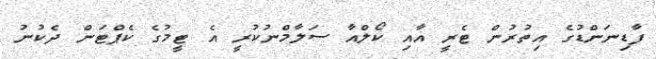
ފާޑިނަންޑުގެ އިތުރުން ޓެރީ އާއި ކޯލްއާ ސަލާމްނުކުރީ އެ ޓީމުގެ ކެޕްޓަން ދެކުނު